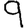
Digit: 9